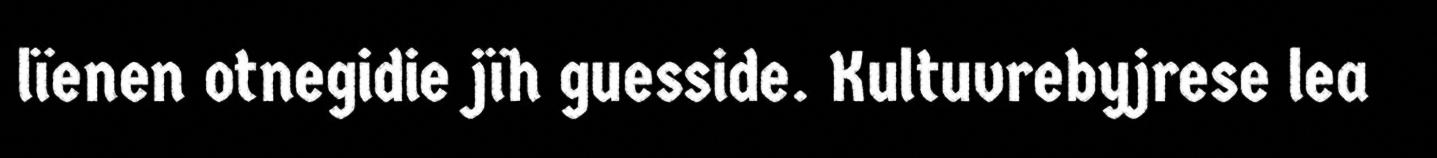
lïenen otnegidie jïh guesside. Kultuvrebyjrese lea